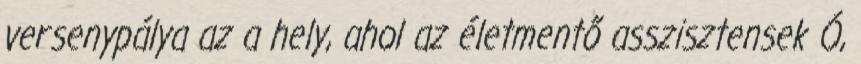
versenypálya az a hely, ahol az életmentő asszisztensek Ó,